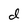
Character: d